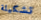
تشكيلة